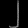
Digit: ၂